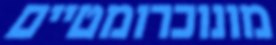
מונוכרומטיים